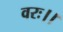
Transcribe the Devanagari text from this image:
वरः।।